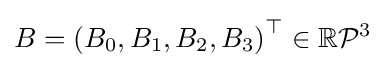
B=\left(B_{0},B_{1},B_{2},B_{3}\right)^{\top }\in \mathbb {R} {\mathcal {P}}^{3}